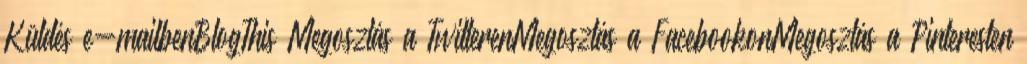
Küldés e-mailbenBlogThis Megosztás a TwitterenMegosztás a FacebookonMegosztás a Pinteresten